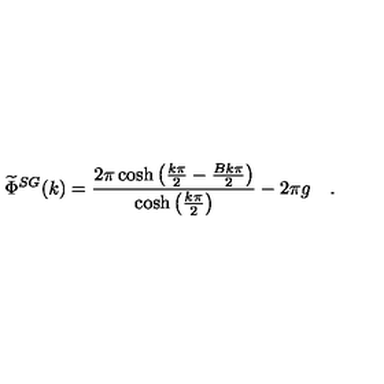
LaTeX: \widetilde { \Phi } ^ { S G } ( k ) = \frac { 2 \pi \cosh \left( \frac { k \pi } { 2 } - \frac { B k \pi } { 2 } \right) } { \cosh \left( \frac { k \pi } { 2 } \right) } - 2 \pi g \quad .